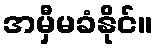
အမှီမခံနိုင်။